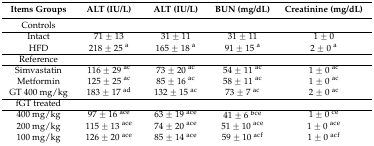
<table><thead><tr><td><b>Items Groups</b></td><td><b>ALT (IU/L)</b></td><td><b>ALT (IU/L)</b></td><td><b>BUN (mg/dL)</b></td><td><b>Creatinine (mg/dL)</b></td></tr></thead><tbody><tr><td>Controls</td><td></td><td></td><td></td><td></td></tr><tr><td>Intact</td><td>71 ± 13</td><td>31 ± 11</td><td>31 ± 11</td><td>1 ± 0</td></tr><tr><td>HFD</td><td>218 ± 25 <sup>a</sup></td><td>165 ± 18 <sup>a</sup></td><td>91 ± 15 <sup>a</sup></td><td>2 ± 0 <sup>a</sup></td></tr><tr><td>Reference</td><td></td><td></td><td></td><td></td></tr><tr><td>Simvastatin</td><td>116 ± 29 <sup>ac</sup></td><td>73 ± 20 <sup>ac</sup></td><td>54 ± 11 <sup>ac</sup></td><td>1 ± 0 <sup>ac</sup></td></tr><tr><td>Metformin</td><td>125 ± 25 <sup>ac</sup></td><td>85 ± 16 <sup>ac</sup></td><td>58 ± 11 <sup>ac</sup></td><td>1 ± 0 <sup>ac</sup></td></tr><tr><td>GT 400 mg/kg</td><td>183 ± 17 <sup>ad</sup></td><td>132 ± 15 <sup>ac</sup></td><td>73 ± 7 <sup>ac</sup></td><td>2 ± 0 <sup>ac</sup></td></tr><tr><td>fGT treated</td><td></td><td></td><td></td><td></td></tr><tr><td>400 mg/kg</td><td>97 ± 16 <sup>ace</sup></td><td>63 ± 19 <sup>ac</sup><sup>e</sup></td><td>41 ± 6 <sup>bc</sup><sup>e</sup></td><td>1 ± 0 <sup>c</sup><sup>e</sup></td></tr><tr><td>200 mg/kg</td><td>115 ± 13 <sup>ace</sup></td><td>74 ± 20 <sup>ac</sup><sup>e</sup></td><td>51 ± 10 <sup>ac</sup><sup>e</sup></td><td>1 ± 0 <sup>ac</sup><sup>e</sup></td></tr><tr><td>100 mg/kg</td><td>126 ± 20 <sup>ace</sup></td><td>85 ± 14 <sup>ac</sup><sup>e</sup></td><td>59 ± 10 <sup>ac</sup><sup>f</sup></td><td>1 ± 0 <sup>ac</sup><sup>f</sup></td></tr></tbody></table>